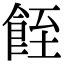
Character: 䬹